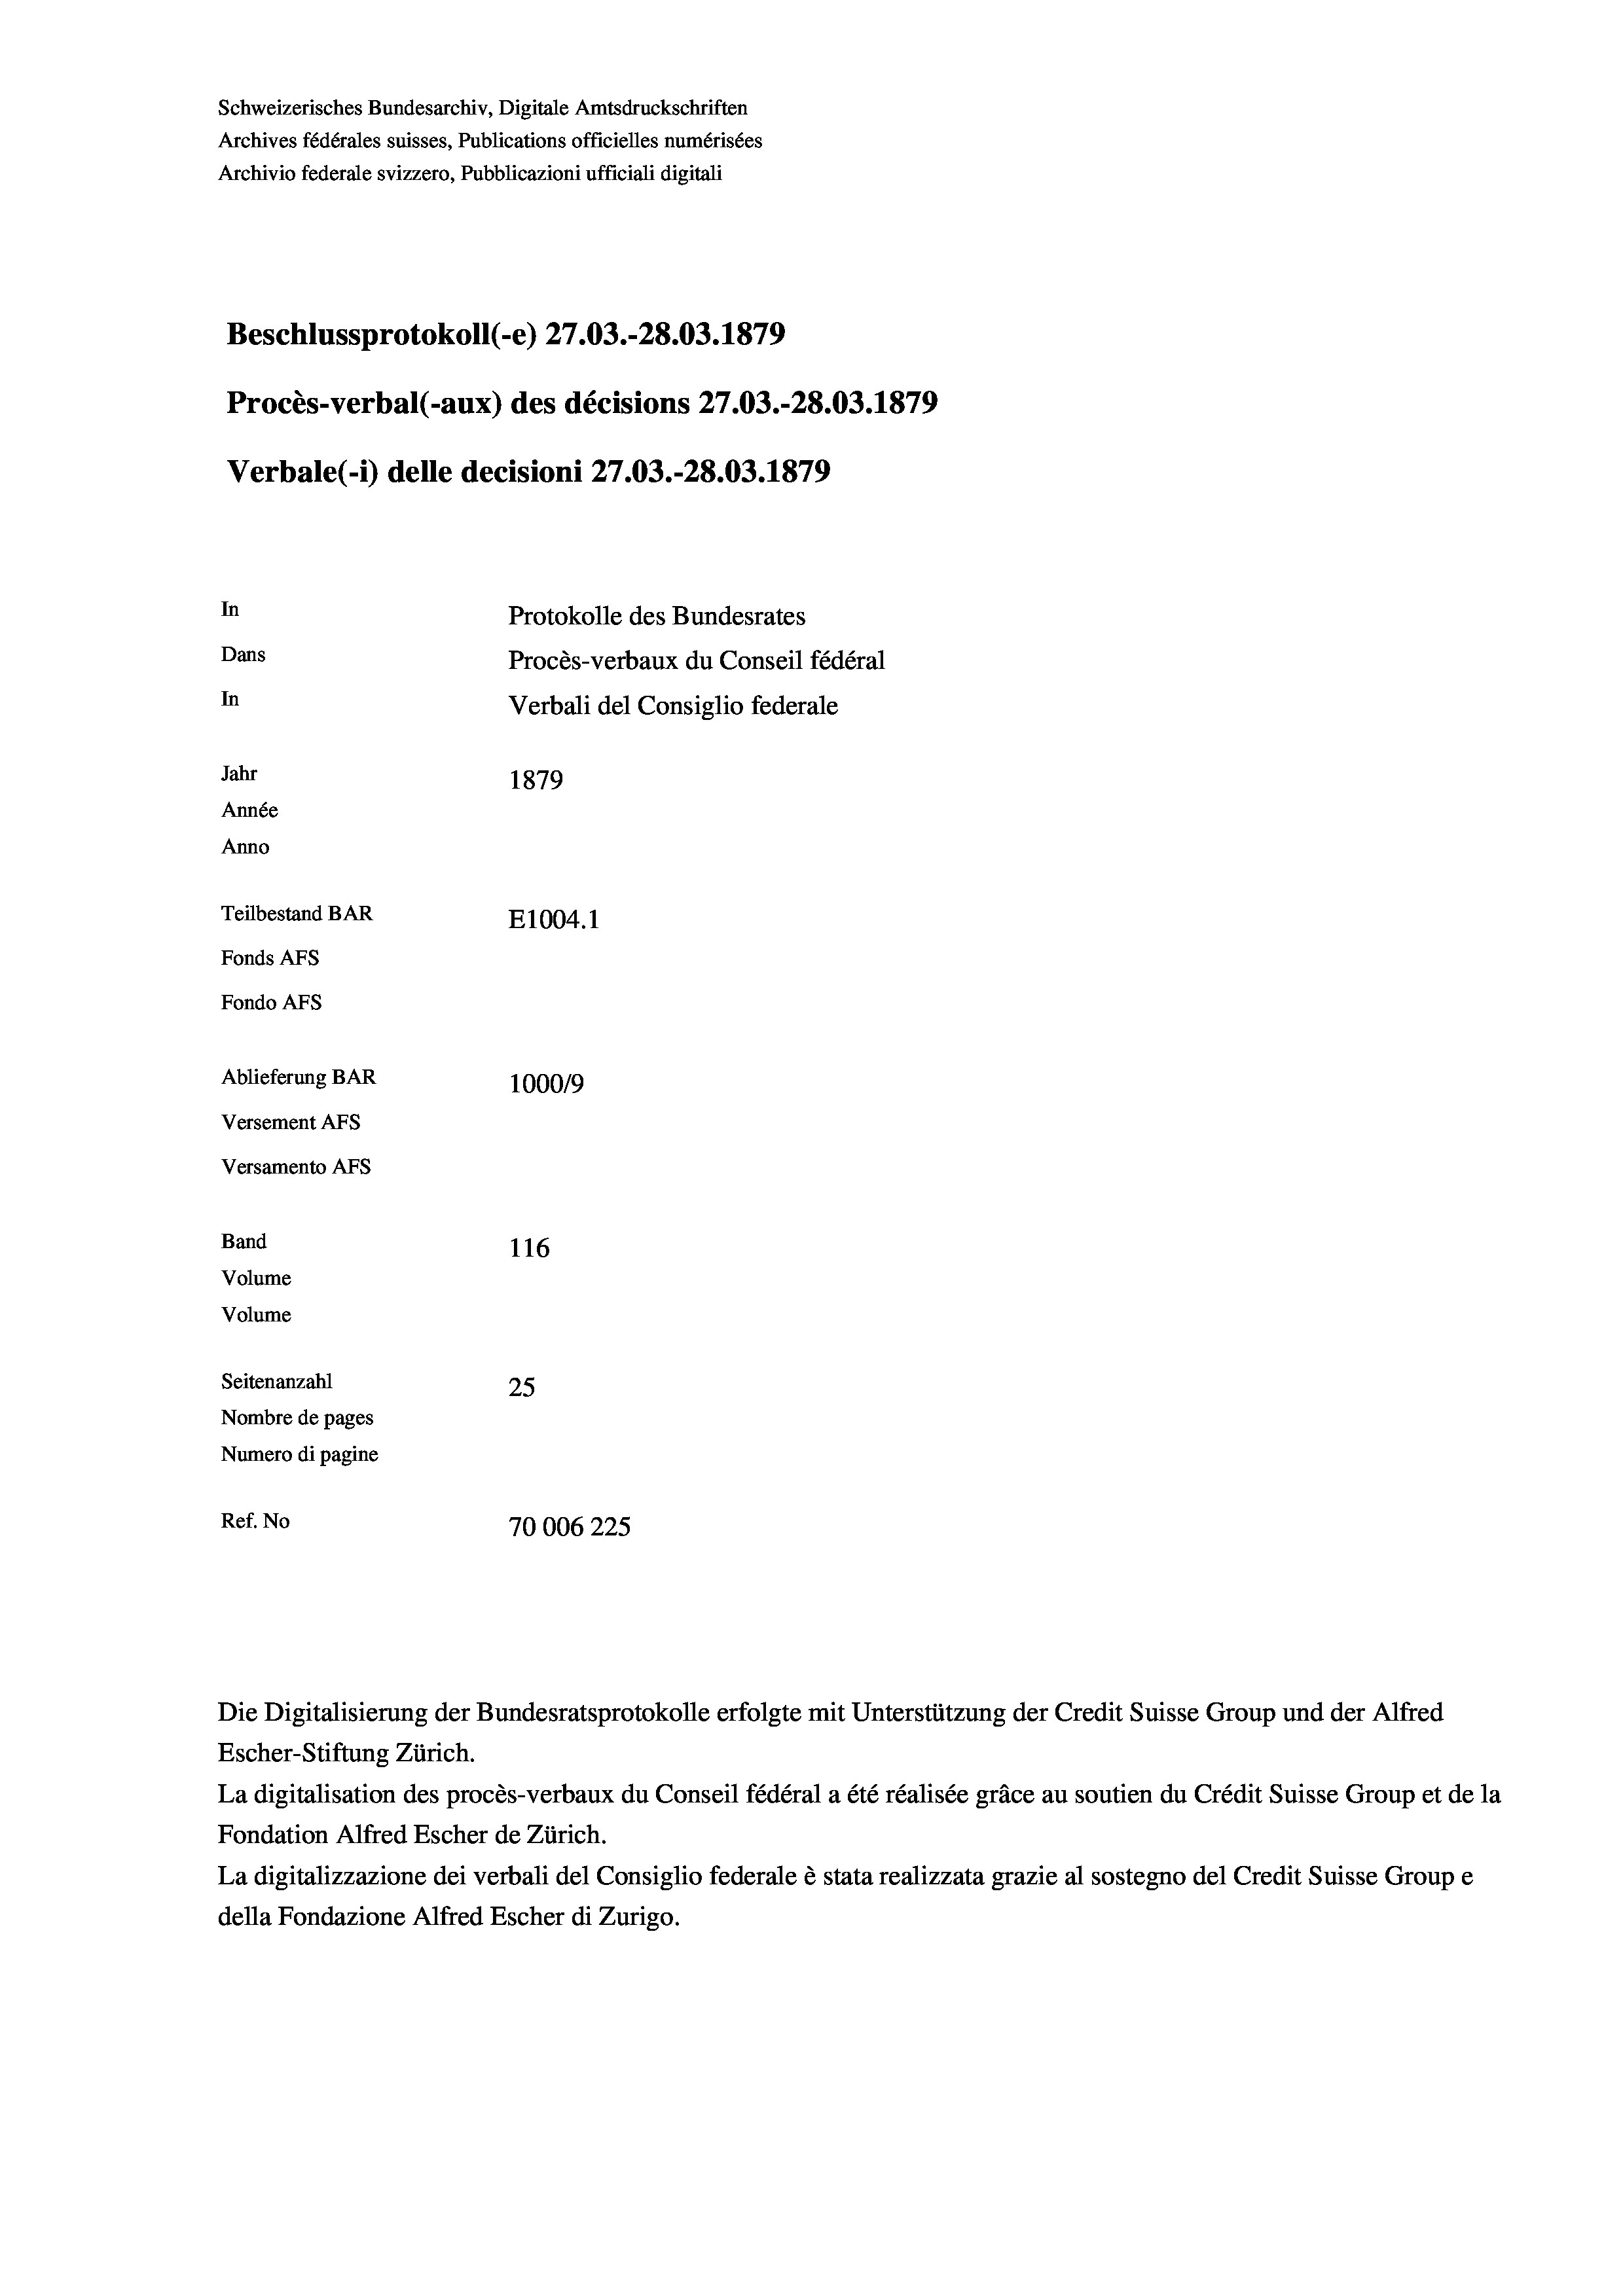
Schweizerisches Bundesarchiv, Digitale Amtsdruckschriften
Archives fédérales suisses, Publications officielles numérisées
Archivio federale svizzero, Pubblicazioni ufficiali digitali
Beschlussprotokoll (-e) 27.03.-28.03. 1879
Procès-verbal (-aux) des décisions 27.03.-28.03. 1879
Verbale(- 1) delle decisioni 27.03.-28.03. 1879
In
Protokolle des Bundesrates
Dans
Procès-verbaux du Conseil fédéral
In
Verbali del Consiglio federale
Jahr
1879
Année
Anno
Teilbestand BAR
E1004.1
Fonds AFs
Fondo AFs
Ablieferung BAR
100019
Versement AFs
Versamento AFS
Band
116
Volume
Volume
Seitenanzahl
25
Nombre de pages
Numero di pagine
Ref. No
70006225

Die Digitalisierung der Bundesratsprotokolle erfolgte mit Unterstützung der Credit Suisse Group und der Alfred

Escher-Stiftung Zürich.
La digitalisation des procès-verbaux du Conseil fédéral a été réalisée gräce au soutien du Crédit Suisse Group et de la
Fondation Alfred Escher de Zürich.
La digitalizzazione dei verbali del Consiglio federale è stata realizzata grazie al sostegno del Credit Suisse Groupe
della Fondazione Alfred Escher di Zurigo.